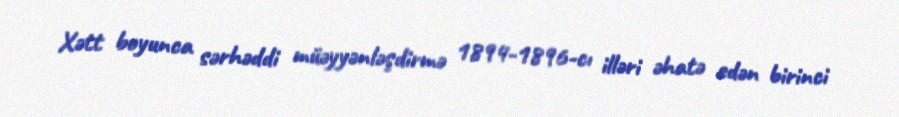
Xətt boyunca sərhəddi müəyyənləşdirmə 1894-1896-cı illəri əhatə edən birinci